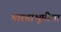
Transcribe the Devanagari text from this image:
भारताभूमीचा